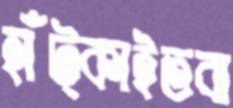
হাঁট্‌কাইতবা